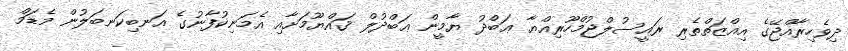
ދިވެހިރާއްޖޭގެ އިއްޒަތްތެރި ރައީސުލްޖުމްހޫރިއްޔާ ޢަބްދު ޔާމީން ޢަބްދުލް ޤައްޔޫމަށާއި އެމަނިކުފާނުގެ އަނބިކަނބަލުން މެޑަމް